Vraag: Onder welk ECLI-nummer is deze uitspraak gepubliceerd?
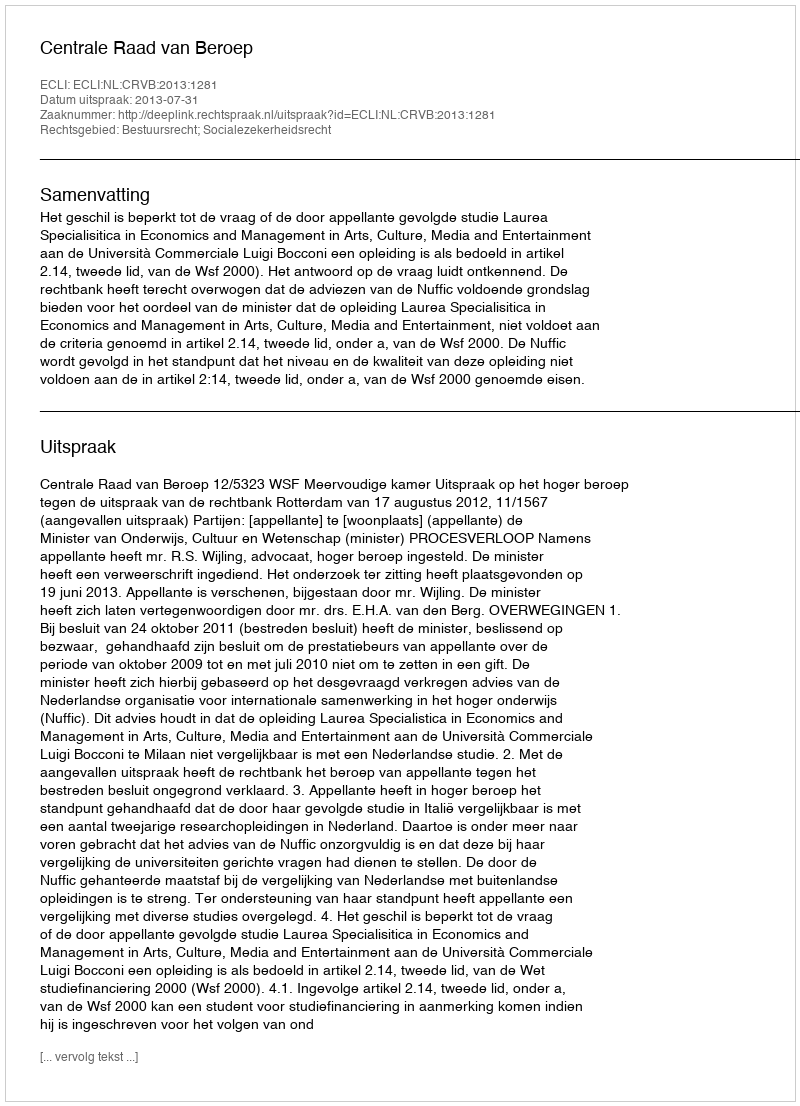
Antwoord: ECLI:NL:CRVB:2013:1281